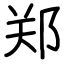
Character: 郑